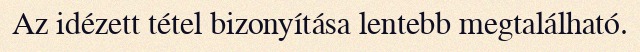
Az idézett tétel bizonyítása lentebb megtalálható.